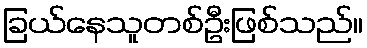
ခြယ်နေသူတစ်ဦးဖြစ်သည်။